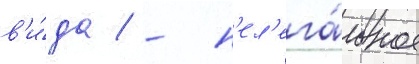
в'и́да / - н'ел'ега́льное